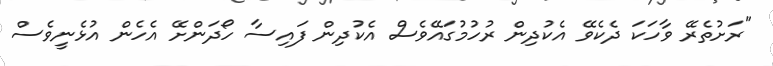
"ރަށުތެރޭ ވާހަކަ ދެކެވޭ އެކުދިން ރުހުމުގައޭވެސް އެކުދިން ފައިސާ ހޯދަންށޭ އެހެން އުޅެނީވެސް